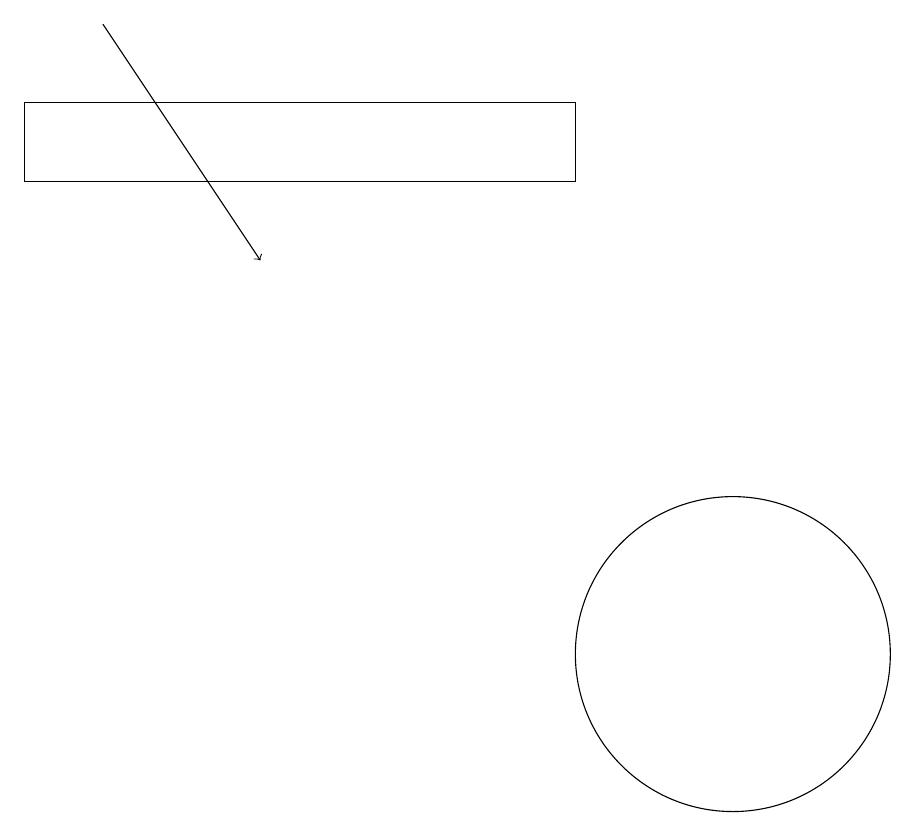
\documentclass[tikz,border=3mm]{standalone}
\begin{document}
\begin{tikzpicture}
\draw (2,18) rectangle (9,17);
\draw (10,10) circle (0);
\draw (11,11) circle (2);
\draw[->] (3,19) -- (5,16);
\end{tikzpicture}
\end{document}